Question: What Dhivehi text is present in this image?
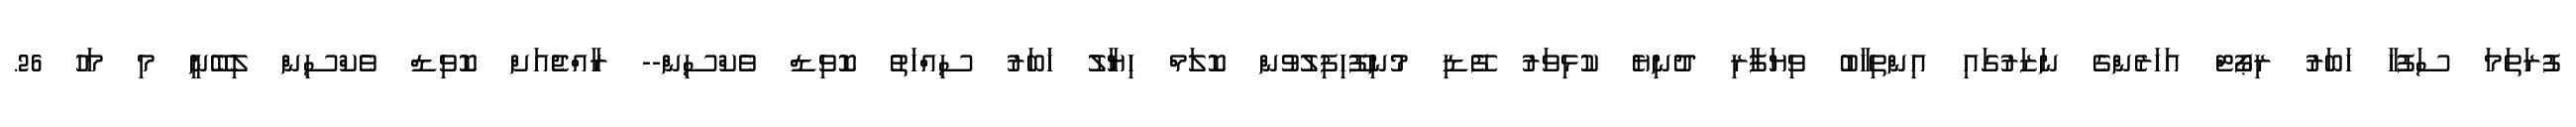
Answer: ފުރަތަމަ ސަފުހާ ހަބަރު ރިޕޯޓް އަހަރެންގެ ނަޒަރުގައި އިންތިހާބު ވިޔަފާރި ދުނިޔެ ކުޅިވަރު ފޭޑި މުނިފޫހިފިލުވުން ކޮލަމް ހިޔާލު ޚަބަރު ސިއްހަތު ކޮވިޑް ވެކްސިން-- ރާއްޖެއަށް ކޮވިޑް ވެކްސިން ލިބޭނީ މި މަހު 26.